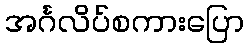
အင်္ဂလိပ်စကားပြော